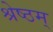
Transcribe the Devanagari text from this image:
श्रेष्ठम्